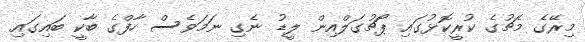
މިރޭގެ މެޗުގެ ކުރީކޮޅުގައި ޕޯޗުގަލްއިން ލީޑު ނެގި ނަމަވެސް ހާފްގެ ބާކީ ބައިގައި